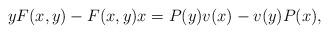
LaTeX: \begin{align*}yF(x,y) - F(x,y)x = P(y)v(x) - v(y)P(x),\end{align*}